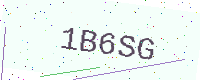
Text: 1B6SG